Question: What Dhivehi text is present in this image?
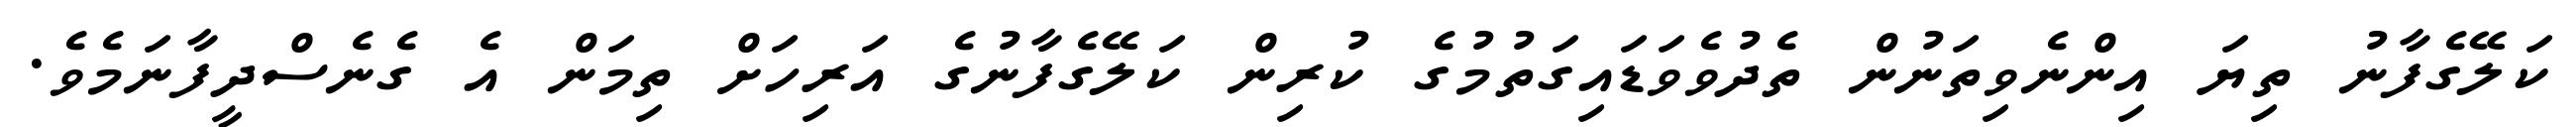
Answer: ކަލޭގެފާނު ތިޔަ އިންނެވިތަނުން ތެދުވެވަޑައިގަތުމުގެ ކުރިން ކަލޭގެފާނުގެ އަރިހަށް ތިމަން އެ ގެނެސްދީފާނަމެވެ.